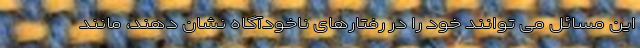
این مسائل می توانند خود را در رفتارهای ناخودآگاه نشان دهند، مانند